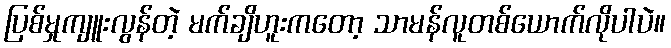
ပြစ်မှုကျူးလွန်တဲ့ မက်ချိဟူးကတော့ သာမန်လူတစ်ယောက်လိုပါပဲ။